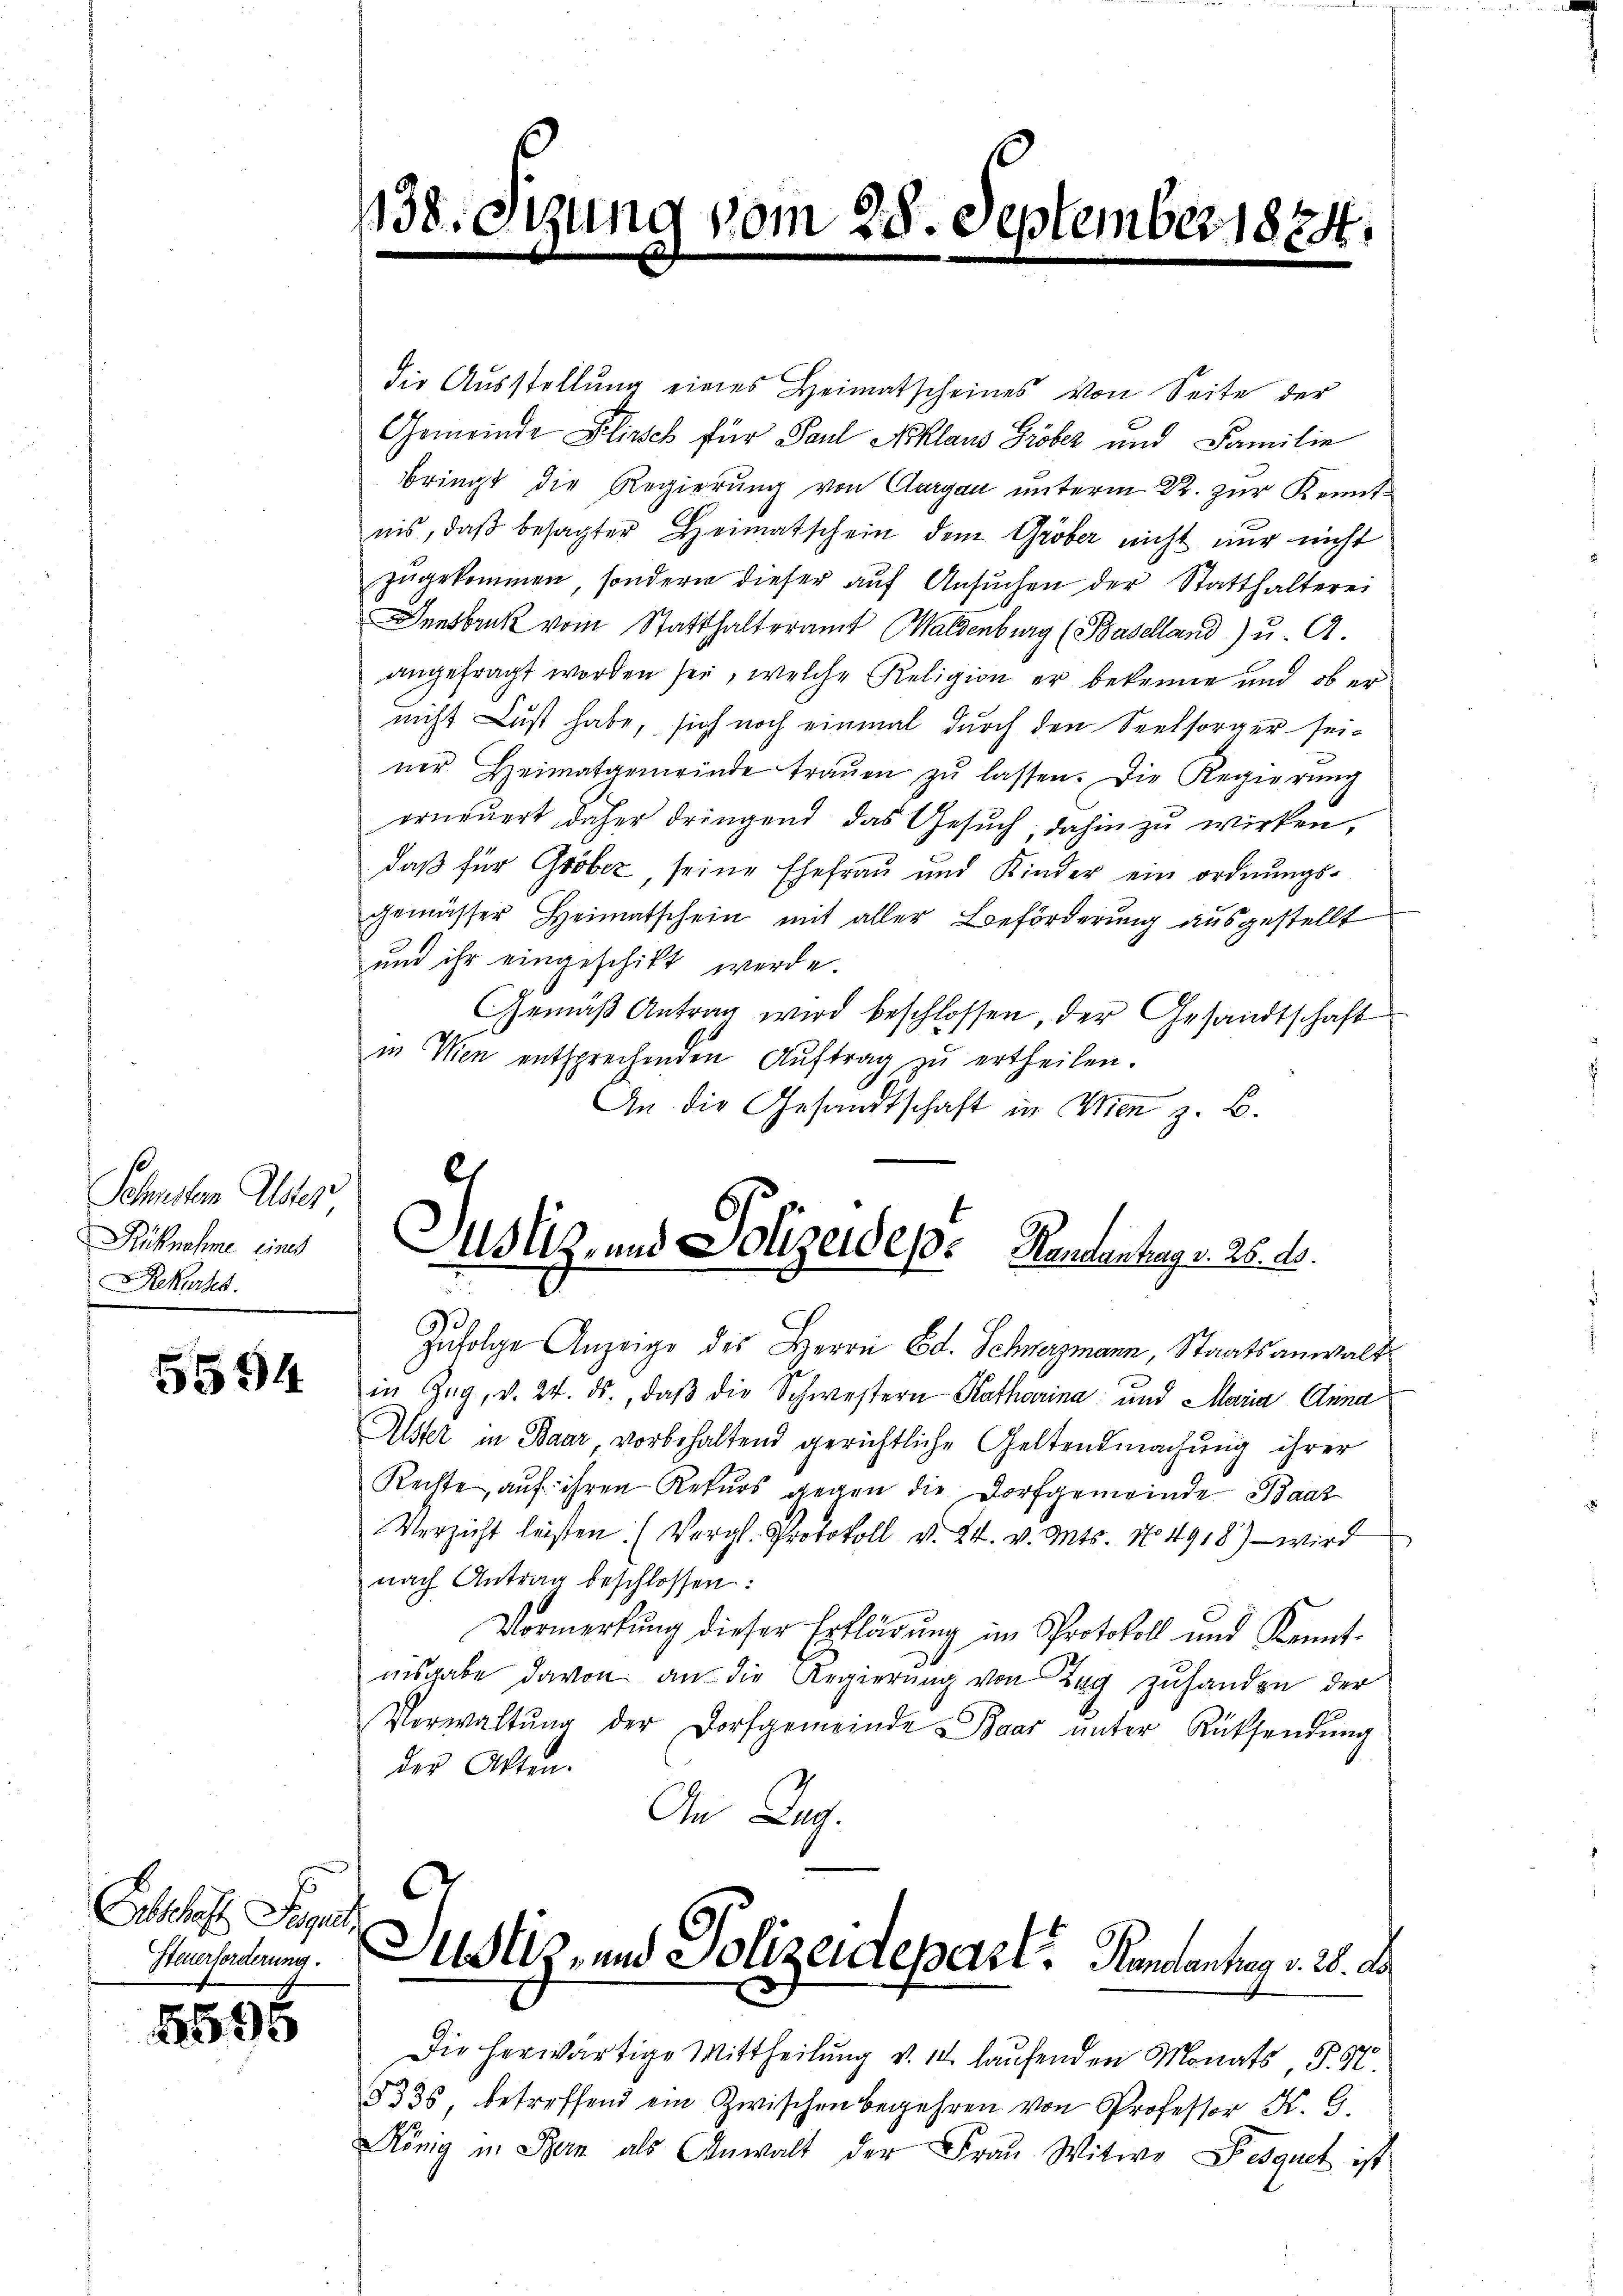
) vom 28. September 1874.

8.

¬

n

die Ausstellŭng eines Heimatscheines von Seite der
Gemeinde Plisch für Paul Niklaus Gröber und Familie
bringt die Regierung von Aargau unterm 22. zur Kenntnis, daβ besagter Heimatschein dem Gröber nicht nur nicht
zŭgekommen, sondern dieser aŭf Ansŭchen der Statthalteres
Innsbruk vom Statthalteramt Waldenburg (Baselland) u. A.
angefragt worden sei, welche Religion er bekenne und ob er
nicht Lust habe, sich noch einmal durch den Seelsorger sei-
ner Heimatgemeinde traŭen zŭ lassen. Die Regierŭng
erneuert daher dringend das Gesuch dahin zu wirken,
daß für Gröber, seine Ehefrau und Kinder ein ordnungsgemässer Heimatschein mit aller Beförderung ausgestellt
und ihr eingeschikt werde.
Gemäß Antrag wird beschlossen, der Gesandtschaft
in Wien entsprechenden Aŭftrag zu ertheilen.
An die Gesandtschaft in Wien z. B.
Zufolge Anzeige des Herrn Ed. Schwerzmann, Staatsanwalt
in Zŭg, v. 24. ds., daβ die Schwestern Katharina und Maria Anna
Alster in Baar vorbehaltend gerichtliche Geltendmachung ihrer
Rechte, auf ihren Rekurs gegen die Dorfgemeinde Baar
Verzicht leisten. (Vergl. Protokoll v. 24. v. Mts. No. 1918) — wird
nach Antrag beschlossen:
Vormerkung dieser Erklärung im Protokoll und Kenntnisgabe davon an die Regierung von Tag zuhanden der
Verwaltŭng der Dorfgemeinde Baar ŭnter Rücksendŭng
der Akten.
An Ing.
C
Justiz- und Polizeidepart. Kanalantrag v. 20. de
Die herwärtige Mittheilung v. 14. laufenden Monats S. 57.
§335, betreffend ein Zwischen begehren von Professor K. G.
König in Bern als Anwalt der Fraŭ Witwe Besquel ist

Schneten Alter
Rücknahme eines
Rekurses.

es
Justiz- und Polizeidepe Randantrag v. 28. d.

5594

Eolschaft Piper,
Steuerforderung.

1596